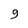
Character: 9